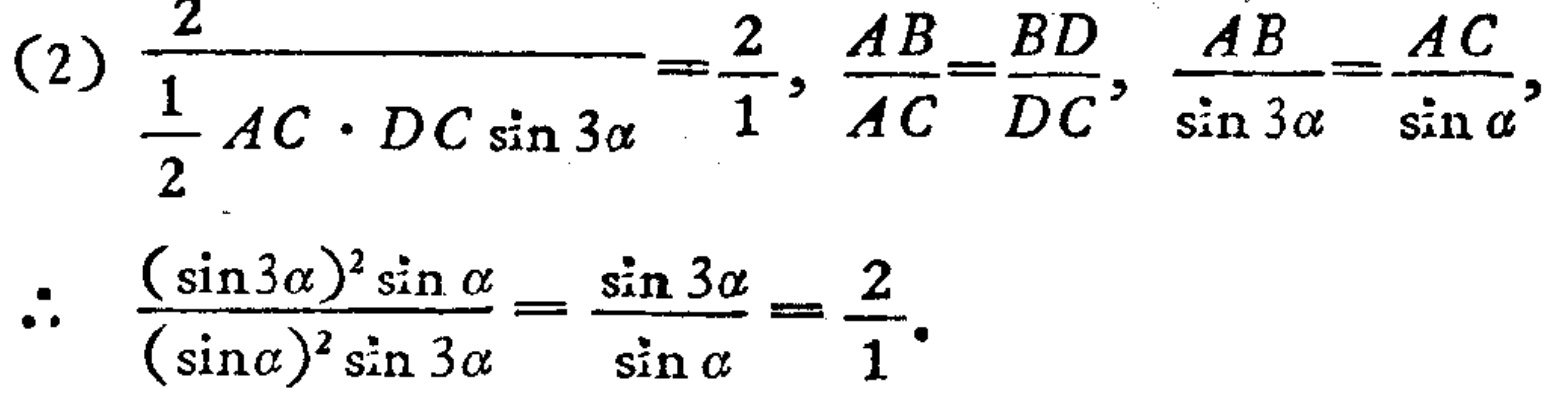
(2) \(\frac{2}{\frac{1}{2}AC\cdot DC\sin3\alpha}=\frac{2}{1},\frac{AB}{AC}=\frac{BD}{DC},\frac{AB}{\sin3\alpha}=\frac{AC}{\sin\alpha},\)
\(\therefore\) \(\frac{(\sin3\alpha)^2\sin\alpha}{(\sin\alpha)^2\sin3\alpha}=\frac{\sin3\alpha}{\sin\alpha}=\frac{2}{1}.\)